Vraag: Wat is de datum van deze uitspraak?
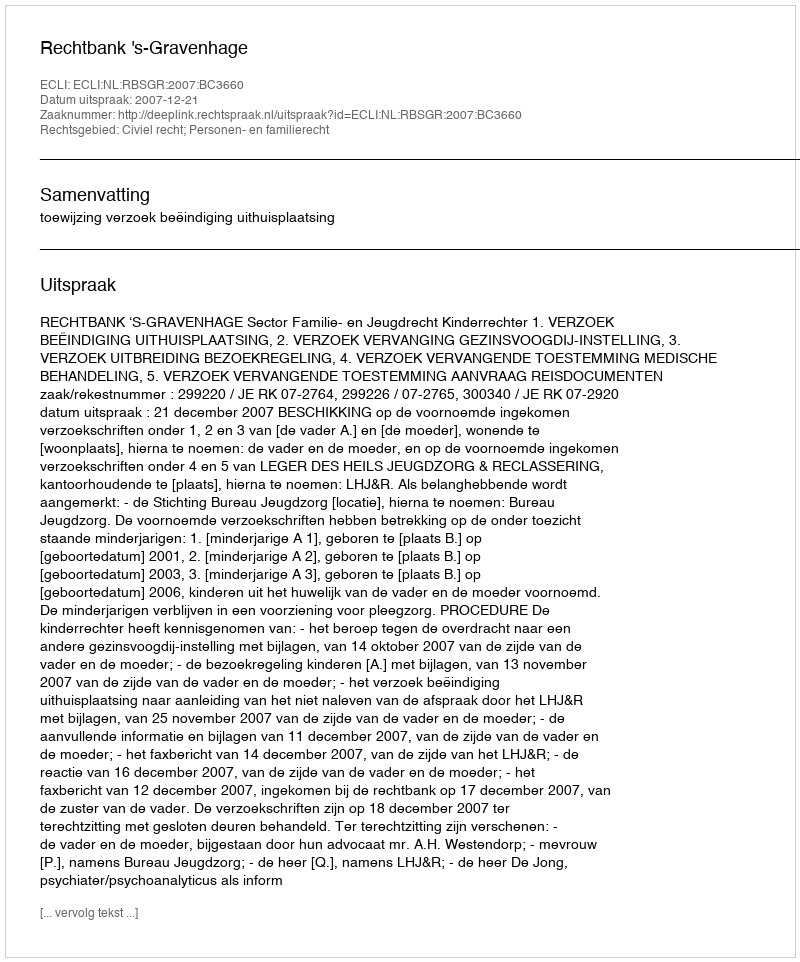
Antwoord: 2007-12-21